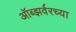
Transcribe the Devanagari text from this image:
ऑब्झर्वरच्या